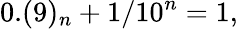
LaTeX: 0.(9)_{n}+1/10^{n}=1,